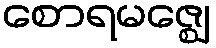
စောရမဇ္ဈေ